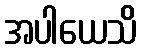
အပါယေသိ